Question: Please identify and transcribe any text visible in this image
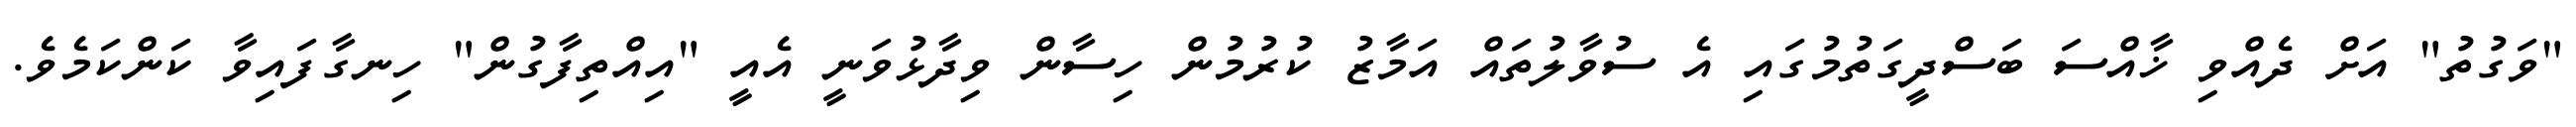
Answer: "ވަގުތު" އަށް ދެއްވި ޚާއްސަ ބަސްދީގަތުމުގައި އެ ސުވާލުތައް އަމާޒު ކުރުމުން ހިސާން ވިދާޅުވަނީ އެއީ "އިއްތިފާގުން" ހިނގާފައިވާ ކަންކަމެވެ.